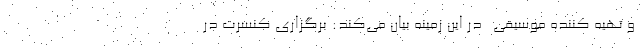
و تهیه کننده موسیقی ـ در این زمینه بیان می‌کند: برگزاری کنسرت در